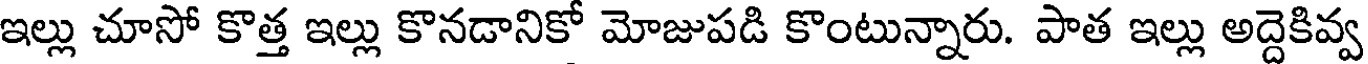
ఇల్లు చూసో కొత్త ఇల్లు కొనడానికో మోజుపడి కొంటున్నారు. పాత ఇల్లు అద్దెకివ్వ